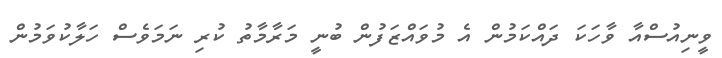
ވީނިއުސްއާ ވާހަކަ ދައްކަމުން އެ މުވައްޒަފުން ބުނީ މަރާމާތު ކުރި ނަމަވެސް ހަލާކުވަމުން